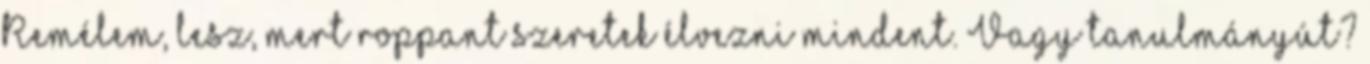
Remélem, lesz, mert roppant szeretek élvezni mindent. Vagy tanulmányút?